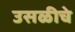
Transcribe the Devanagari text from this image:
उसळीचे